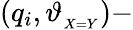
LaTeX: (q_{i},\vartheta_{_{X=Y}})-